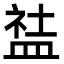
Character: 䀅